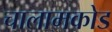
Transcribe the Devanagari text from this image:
चालामकोड